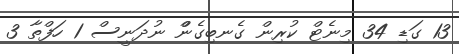
13 ގަޑި 34 މިނެޓް ކުރިން ގެނބިގެންް ނުދަނީސް 1 ހަފްތާ 3